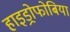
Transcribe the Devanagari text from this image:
हाइड्रोफोबिया